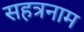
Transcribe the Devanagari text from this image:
सहत्रनाम